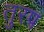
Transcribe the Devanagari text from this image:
तुरप